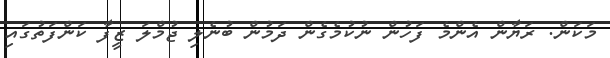
މަކަން. ރަޔާން އެންމެ ފަހުން ނުކުމެގެން ދަމުން ބުނެލި ޖުމްލަ ޒީފާ ކަންފަތުގައި